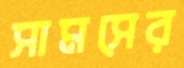
সামসের